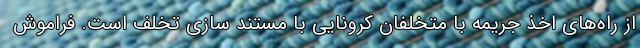
از راه‌های اخذ جریمه با متخلفان کرونایی با مستند سازی تخلف است. فراموش